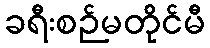
ခရီးစဉ်မတိုင်မီ